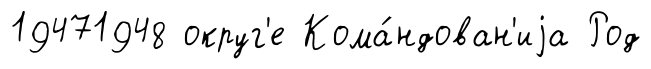
19471948 округ'е Кома́ндован'иjа Род